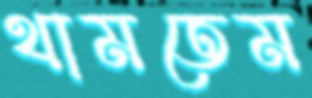
থামতেম